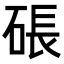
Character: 䂻